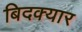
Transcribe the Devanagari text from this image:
बिदक्यार